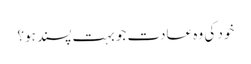
خود کی وہ عادت جو بہت پسند ہو؟